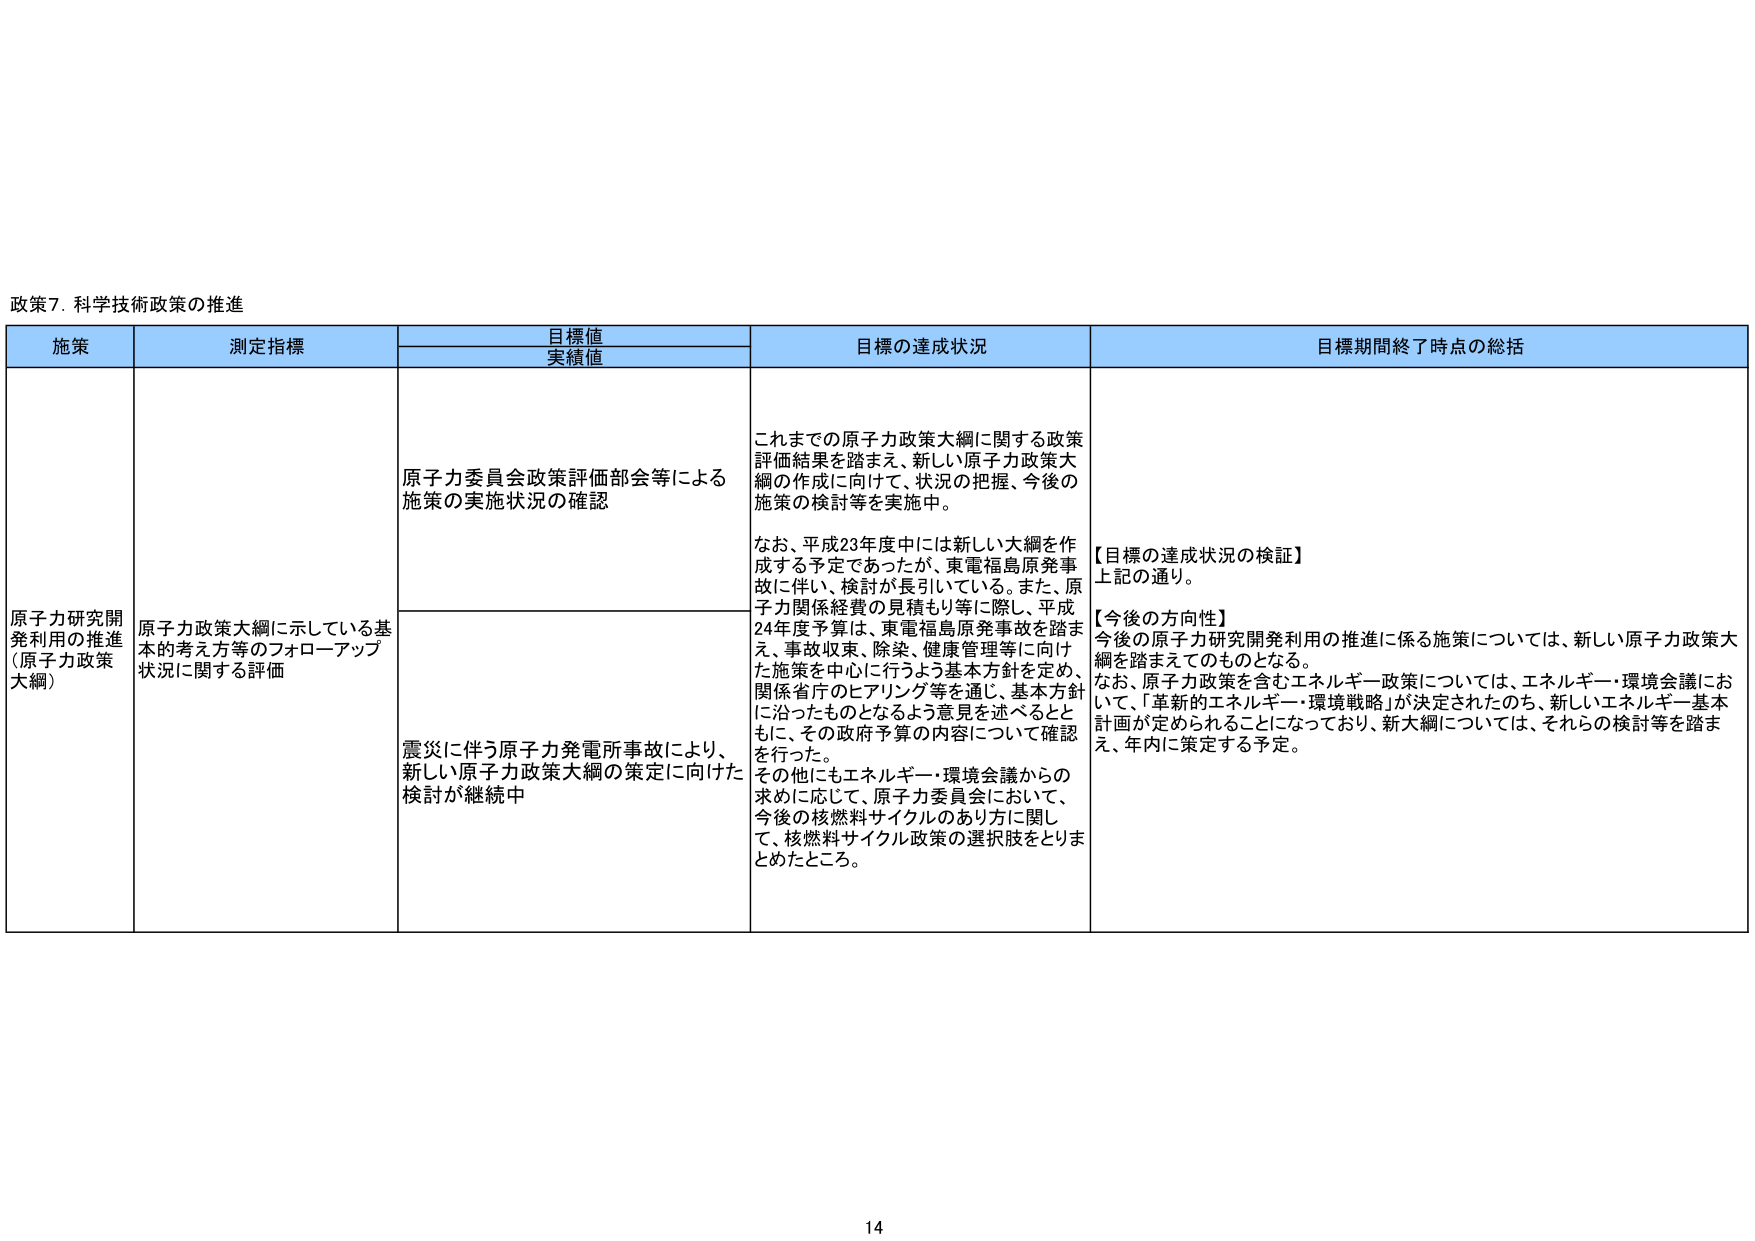
政策7. 科学技術政策の推進

施策	測定指標	目標値 実績値	目標の達成状況	目標期間終了時点の総括
原子力研究開発利用の推進 （原子力政策大綱）	原子力政策大綱に示している基本的考え方等のフォローアップ状況に関する評価	原子力委員会政策評価部会等による施策の実施状況の確認	これまでの原子力政策大綱に関する政策評価結果を踏まえ、新しい原子力政策大綱の作成に向けて、状況の把握、今後の施策の検討等を実施中。 なお、平成23年度中には新しい大綱を作成する予定であったが、東電福島原発事故に伴い、検討が長引いている。また、原子力関係経費の見積もり等に際し、平成24年度予算は、東電福島原発事故を踏まえ、事故収束、除染、健康管理等に向けた施策を中心に行うよう基本方針を定め、関係省庁のヒアリング等を通じ、基本方針に沿ったものとなるよう意見を述べるとともに、その政府予算の内容について確認を行った。 その他にもエネルギー・環境会議からの求めに応じて、原子力委員会において、今後の核燃料サイクルのあり方に関して、核燃料サイクル政策の選択肢をとりまとめたところ。	【目標の達成状況の検証】 上記の通り。 【今後の方針】 今後の原子力研究開発利用の推進に係る施策については、新しい原子力政策大綱を踏まえてのものとなる。 なお、原子力政策を含むエネルギー政策については、エネルギー・環境会議において、「革新的エネルギー・環境戦略」が決定されたのち、新しいエネルギー基本計画が定められることになっており、新大綱については、それらの検討等を踏まえ、年内に策定する予定。
震災に伴う原子力発電所事故により、新しい原子力政策大綱の策定に向けた検討が継続中

14